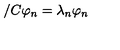
\slash { C } \varphi _ { n } = \lambda _ { n } \varphi _ { n }